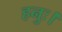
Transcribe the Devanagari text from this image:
हनुः।